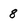
Character: 8